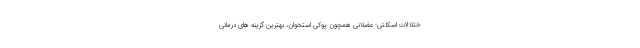
ختلالات اسکلتی- عضلانی همچون پوکی استخوان، بهترین گزینه های درمانی